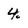
Character: 4